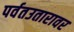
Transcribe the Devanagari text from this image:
पर्वतउतारावर